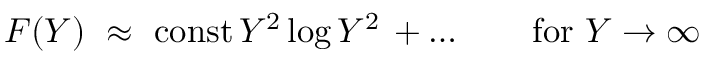
{ \cal F } ( Y ) ~ \approx ~ \mathrm { c o n s t } \, Y ^ { 2 } \log { Y ^ { 2 } } \, + \ldots \qquad \mathrm { f o r ~ } Y \to \infty